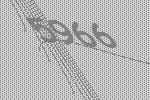
5966